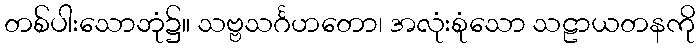
တစ်ပါးသောဘုံ၌။ သဗ္ဗသင်္ဂဟတော၊ အလုံးစုံသော သဠာယတနကို